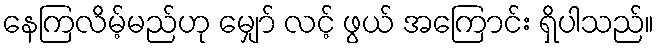
နေကြလိမ့်မည်ဟု မျှော် လင့် ဖွယ် အကြောင်း ရှိပါသည်။